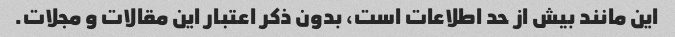
این مانند بیش از حد اطلاعات است، بدون ذکر اعتبار این مقالات و مجلات.